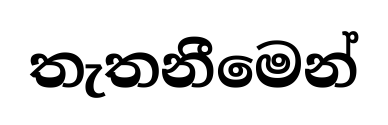
තැතනීමෙන්